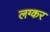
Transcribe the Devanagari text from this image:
लग्कर